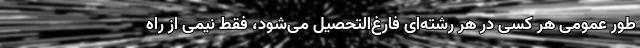
طور عمومی هر کسی در هر رشته‌ای فارغ‌التحصیل می‌شود، فقط نیمی از راه